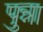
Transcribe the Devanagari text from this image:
पुन्ना